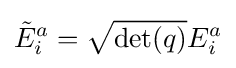
{\tilde {E}}_{i}^{a}={\sqrt {\det(q)}}E_{i}^{a}